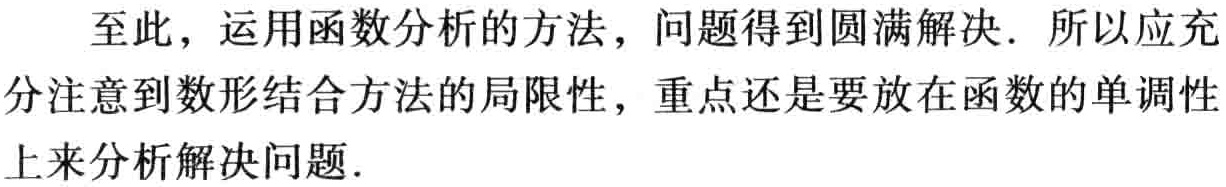
至此，运用函数分析的方法，问题得到圆满解决．所以应充分注意到数形结合方法的局限性，重点还是要放在函数的单调性上来分析解决问题．